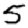
Digit: 5